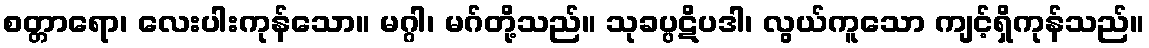
စတ္တာရော၊ လေးပါးကုန်သော။ မဂ္ဂါ၊ မဂ်တို့သည်။ သုခပ္ပဋိပဒါ၊ လွယ်ကူသော ကျင့်ရှိကုန်သည်။